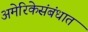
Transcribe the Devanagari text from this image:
अमेरिकेसंबंधात